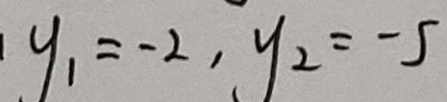
y _ { 1 } = - 2 , y _ { 2 } = - 5